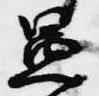
愚